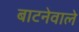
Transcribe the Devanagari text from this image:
बाटनेवाले